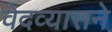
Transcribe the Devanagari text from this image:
वेदव्यासने